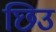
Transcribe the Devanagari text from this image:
छिउ